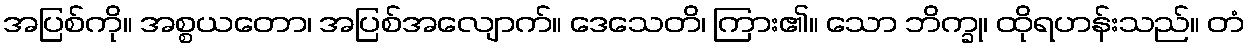
အပြစ်ကို။ အစ္စယတော၊ အပြစ်အလျောက်။ ဒေသေတိ၊ ကြား၏။ သော ဘိက္ခု၊ ထိုရဟန်းသည်။ တံ